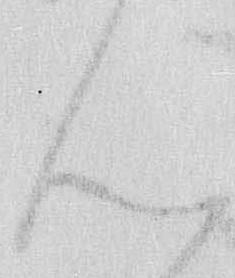
ん